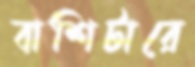
বাশিটারে